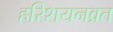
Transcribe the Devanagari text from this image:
हरिशयनव्रत